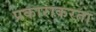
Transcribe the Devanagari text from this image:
प्रकाराकरता